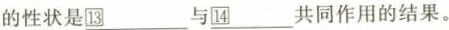
的性状是\underline{13}与\underline{14}共同作用的结果。